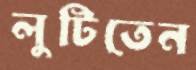
লুটিতেন